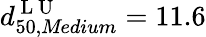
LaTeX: d_{50,\textit{Medium}}^{\mathrm{~L~U~}}=11.6